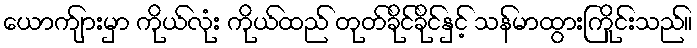
ယောက်ျားမှာ ကိုယ်လုံး ကိုယ်ထည် တုတ်ခိုင်ခိုင်နှင့် သန်မာထွားကြိုင်းသည်။